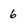
Character: 6